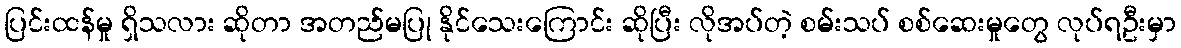
ပြင်းထန်မှု ရှိသလား ဆိုတာ အတည်မပြု နိုင်သေးကြောင်း ဆိုပြီး လိုအပ်တဲ့ စမ်းသပ် စစ်ဆေးမှုတွေ လုပ်ရဦးမှာ